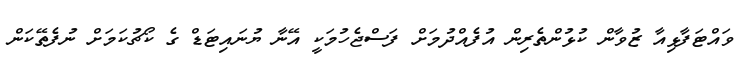
ވައްޓަފާޅިއާ ޒުވާން ކުޅުންތެރިން އުފެއްދުމަށް ފަސްޖެހުމަކީ އޭނާ ޔުނައިޓަޑް ގެ ކޯޗުކަމަށް ނުފެތޭކަން